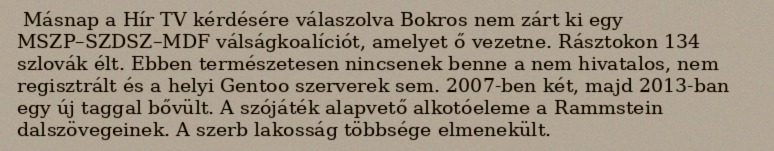
Másnap a Hír TV kérdésére válaszolva Bokros nem zárt ki egy MSZP–SZDSZ–MDF válságkoalíciót, amelyet ő vezetne. Rásztokon 134 szlovák élt. Ebben természetesen nincsenek benne a nem hivatalos, nem regisztrált és a helyi Gentoo szerverek sem. 2007-ben két, majd 2013-ban egy új taggal bővült. A szójáték alapvető alkotóeleme a Rammstein dalszövegeinek. A szerb lakosság többsége elmenekült.